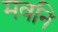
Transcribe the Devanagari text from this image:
मवनि